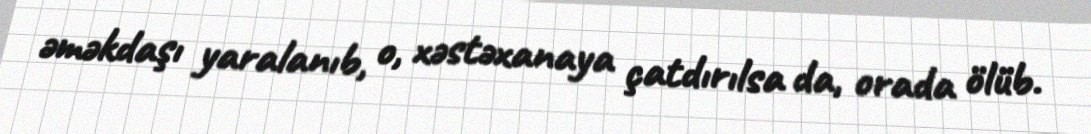
əməkdaşı yaralanıb, o, xəstəxanaya çatdırılsa da, orada ölüb.